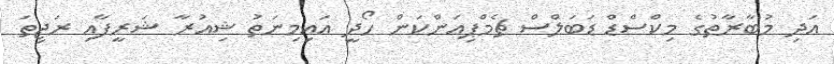
އަދި މުބާރާތުގެ މިކްސްޑް ޑަބަލްސް ޗެމްޕިއަންކަން ހޯދީ އައިމިނަތު ޝިއުރާ ޝަރީފާއި ރަޖިތަ